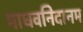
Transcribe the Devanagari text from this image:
माधवनिदानम